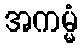
အကမ္မံ